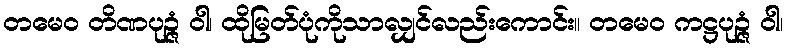
တမေဝ တိဏပုဉ္ဇံ ဝါ၊ ထိုမြတ်ပုံကိုသာလျှင်လည်းကောင်း။ တမေဝ ကဋ္ဌပုဉ္ဇံ ဝါ၊